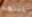
عددهم